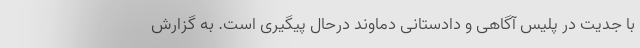
با جدیت در پلیس آگاهی و دادستانی دماوند درحال پیگیری است. به گزارش